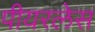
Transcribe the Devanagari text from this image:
पीयरलेस